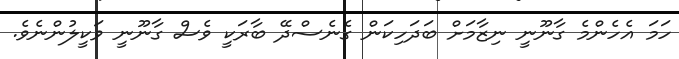
ހަމަ އެހެންމެ ގާނޫނީ ނިޒާމަށް ބަދަހިކަން ގެނެސްދޭ ބާރަކީ ވެސް ގާނޫނީ ވަކީލުންނެވެ.